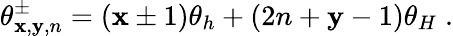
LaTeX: \theta_{\mathbf{x},\mathbf{y},n}^{\pm}=(\mathbf{x}\pm1)\theta_{h}+(2n+\mathbf{y}-1)\theta_{H}\; .